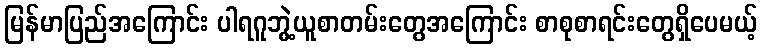
မြန်မာပြည်အကြောင်း ပါရဂူဘွဲ့ယူစာတမ်းတွေအကြောင်း စာစုစာရင်းတွေရှိပေမယ့်